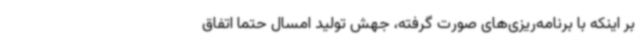
بر اینکه با برنامه‌ریزی‌های صورت گرفته، جهش تولید امسال حتما اتفاق